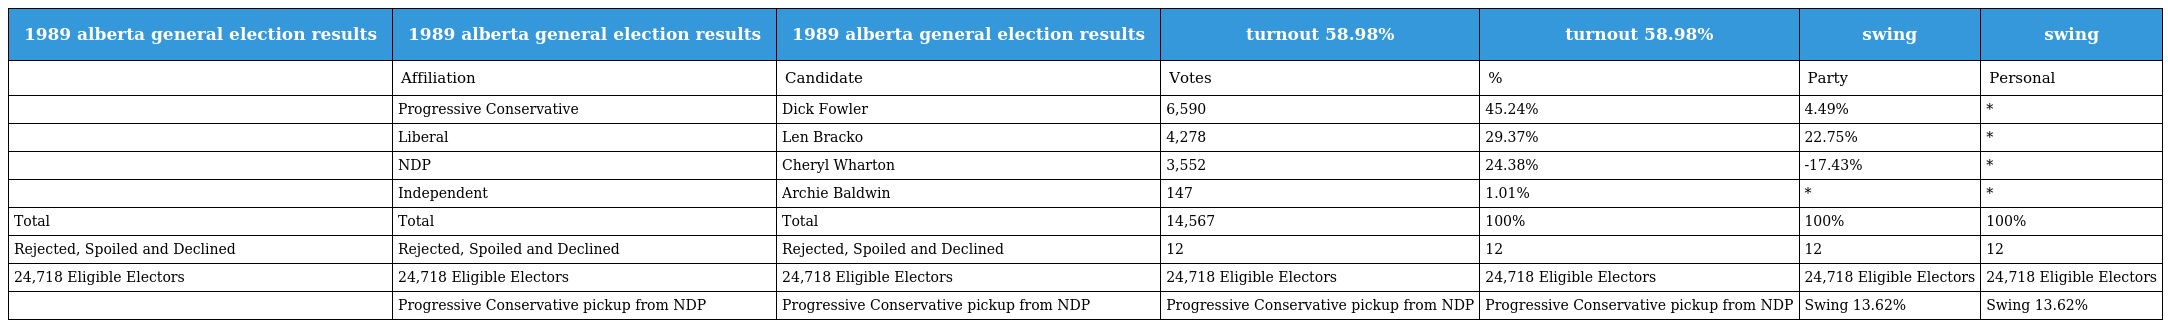
| 1989 alberta general election results | 1989 alberta general election results | 1989 alberta general election results | turnout 58.98% | turnout 58.98% | swing | swing |
 | --- | --- | --- | --- | --- | --- | --- |
 |  | Affiliation | Candidate | Votes | % | Party | Personal |
 |  | Progressive Conservative | Dick Fowler | 6,590 | 45.24% | 4.49% | * |
 |  | Liberal | Len Bracko | 4,278 | 29.37% | 22.75% | * |
 |  | NDP | Cheryl Wharton | 3,552 | 24.38% | -17.43% | * |
 |  | Independent | Archie Baldwin | 147 | 1.01% | * | * |
 | Total | Total | Total | 14,567 | 100% | 100% | 100% |
 | Rejected, Spoiled and Declined | Rejected, Spoiled and Declined | Rejected, Spoiled and Declined | 12 | 12 | 12 | 12 |
 | 24,718 Eligible Electors | 24,718 Eligible Electors | 24,718 Eligible Electors | 24,718 Eligible Electors | 24,718 Eligible Electors | 24,718 Eligible Electors | 24,718 Eligible Electors |
 |  | Progressive Conservative pickup from NDP | Progressive Conservative pickup from NDP | Progressive Conservative pickup from NDP | Progressive Conservative pickup from NDP | Swing 13.62% | Swing 13.62% |